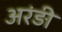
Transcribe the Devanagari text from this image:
अरंड़ी